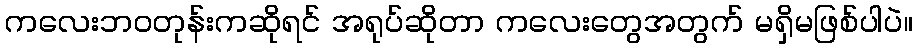
ကလေးဘဝတုန်းကဆိုရင် အရုပ်ဆိုတာ ကလေးတွေအတွက် မရှိမဖြစ်ပါပဲ။